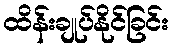
ထိန်းချုပ်နိုင်ခြင်း